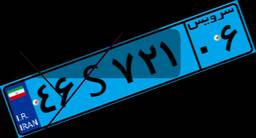
۲۸S۸۸۲۴۰